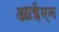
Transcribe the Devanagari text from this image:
आईएन